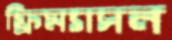
ফ্রিম্যাসন